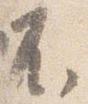
不